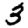
Digit: 3